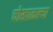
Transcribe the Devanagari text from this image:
चोखाळल्या